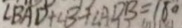
\angle B A D + \angle B + \angle A D B = 1 8 0